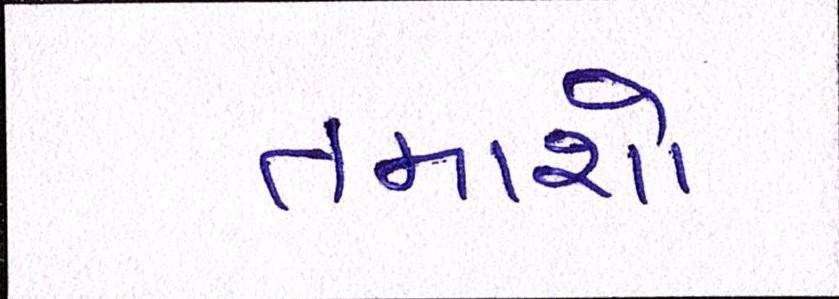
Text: તમાશો